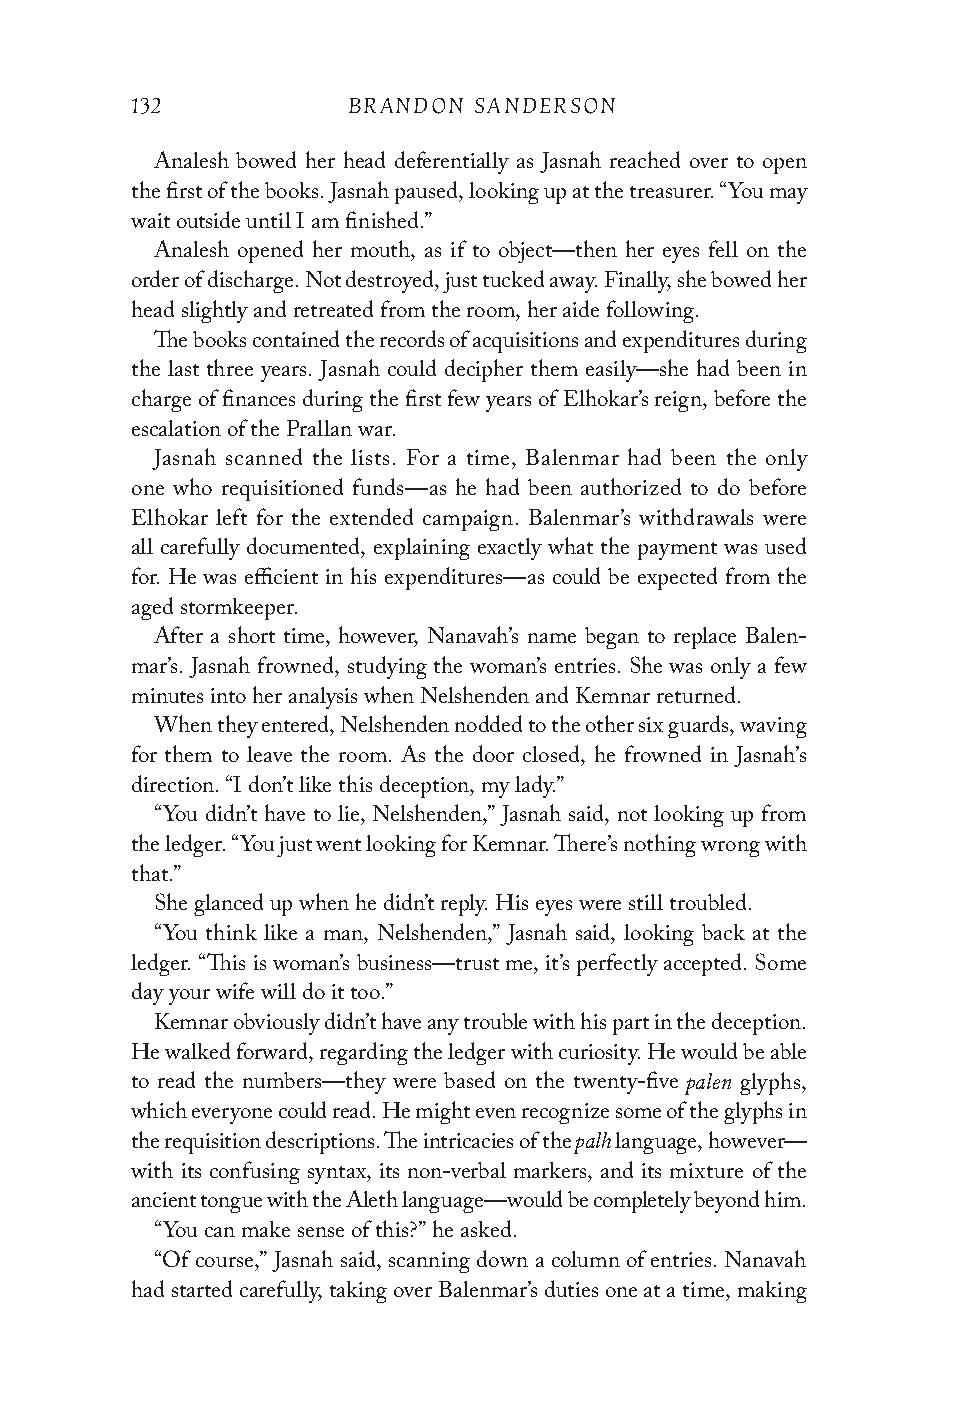
132           BRANDON SANDERSON
 Analesh bowed her head deferentially as Jasnah reached over to open
 the first of the books. Jasnah paused, looking up at the treasurer. “You may
 wait outside until I am finished.”
 Analesh opened her mouth, as if to object—then her eyes fell on the
 order of discharge. Not destroyed, just tucked away. Finally, she bowed her
 head slightly and retreated from the room, her aide following.
 The books contained the records of acquisitions and expenditures during
 the last three years. Jasnah could decipher them easily—she had been in
 charge of finances during the first few years of Elhokar’s reign, before the
 escalation of the Prallan war.
 Jasnah scanned the lists. For a time, Balenmar had been the only
 one who requisitioned funds—as he had been authorized to do before
 Elhokar left for the extended campaign. Balenmar’s withdrawals were
 all carefully documented, explaining exactly what the payment was used
 for. He was efficient in his expenditures—as could be expected from the
 aged stormkeeper.
 After a short time, however, Nanavah’s name began to replace Balen-
 mar’s. Jasnah frowned, studying the woman’s entries. She was only a few
 minutes into her analysis when Nelshenden and Kemnar returned.
 When they entered, Nelshenden nodded to the other six guards, waving
 for them to leave the room. As the door closed, he frowned in Jasnah’s
 direction. “I don’t like this deception, my lady.”
 “You didn’t have to lie, Nelshenden,” Jasnah said, not looking up from
 the ledger. “You just went looking for Kemnar. There’s nothing wrong with
 that.”
 She glanced up when he didn’t reply. His eyes were still troubled.
 “You think like a man, Nelshenden,” Jasnah said, looking back at the
 ledger. “This is woman’s business—trust me, it’s perfectly accepted. Some
 day your wife will do it too.”
 Kemnar obviously didn’t have any trouble with his part in the deception.
 He walked forward, regarding the ledger with curiosity. He would be able
 palen
 to read the numbers—they were based on the twenty-five glyphs,
 which everyone could read. He might even recognize some of the glyphs in
 palh
 the requisition descriptions. The intricacies of the language, however—
 with its confusing syntax, its non-verbal markers, and its mixture of the
 ancient tongue with the Aleth language—would be completely beyond him.
 “You can make sense of this?” he asked.
 “Of course,” Jasnah said, scanning down a column of entries. Nanavah
 had started carefully, taking over Balenmar’s duties one at a time, making